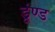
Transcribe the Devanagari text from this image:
डूंण्ड